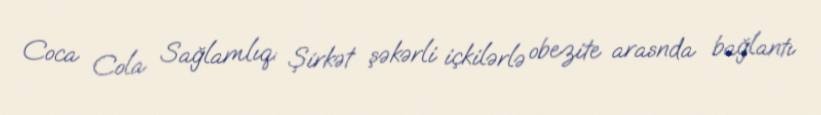
Coca Cola Sağlamlıq: Şirkət şəkərli içkilərlə obezite arasnda bağlantı